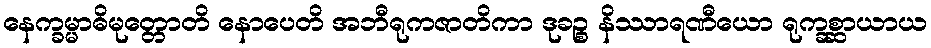
နေက္ခမ္မာဓိမုတ္တောတိ နောပေတိ အဘီရုကဇာတိကာ ဒုခဉ္စ နိဿာရဏီယော ရုက္ခစ္ဆာယာယ